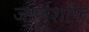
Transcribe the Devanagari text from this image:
जार्लशॉफ